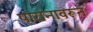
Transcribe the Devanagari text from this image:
पारानावरून